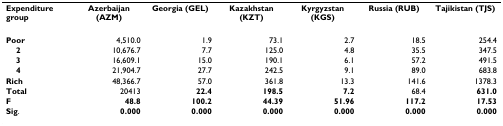
| Expenditure group | Azerbaijan (AZM) | Georgia (GEL) | Kazakhstan (KZT) | Kyrgyzstan (KGS) | Russia (RUB) | Tajikistan (TJS) |
 | --- | --- | --- | --- | --- | --- | --- |
 | Poor | 4,510.0 | 1.9 | 73.1 | 2.7 | 18.5 | 254.4 |
 | 2 | 10,676.7 | 7.7 | 125.0 | 4.8 | 35.5 | 347.5 |
 | 3 | 16,609.1 | 15.0 | 190.1 | 6.1 | 57.2 | 491.5 |
 | 4 | 21,904.7 | 27.7 | 242.5 | 9.1 | 89.0 | 683.8 |
 | Rich | 48,366.7 | 57.0 | 361.8 | 13.3 | 141.6 | 1378.3 |
 | Total | 20413 | 22.4 | 198.5 | 7.2 | 68.4 | 631.0 |
 | F | 48.8 | 100.2 | 44.39 | 51.96 | 117.2 | 17.53 |
 | Sig. | 0.000 | 0.000 | 0.000 | 0.000 | 0.000 | 0.000 |